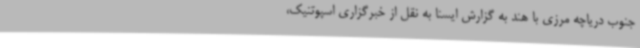
جنوب دریاچه مرزی با هند به گزارش ایسنا به نقل از خبرگزاری اسپوتنیک،